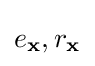
e_{\mathbf {x} },r_{\mathbf {x} }